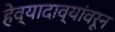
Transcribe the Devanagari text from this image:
हेव्यादाव्यांवरून